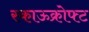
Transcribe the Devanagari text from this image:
स्काऊक्रोफ्ट